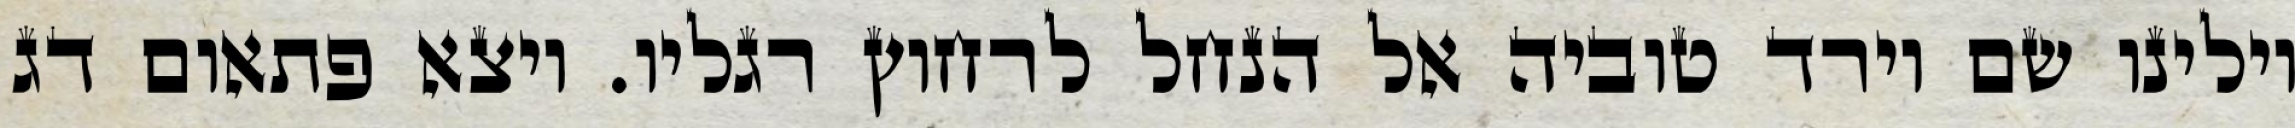
וילינו שם וירד טוביה אל הנחל לרחוץ רגליו. ויצא פתאום דג